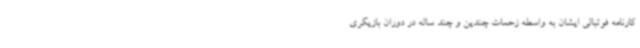
کارنامه فوتبالی ایشان به واسطه زحمات چندین و چند ساله در دوران بازیگری